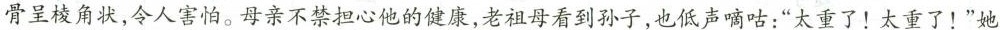
骨呈棱角状，令人害怕。母亲不禁担心他的健康，老祖母看到孙子，也低声嘀咕：”太重了！太重了！”她